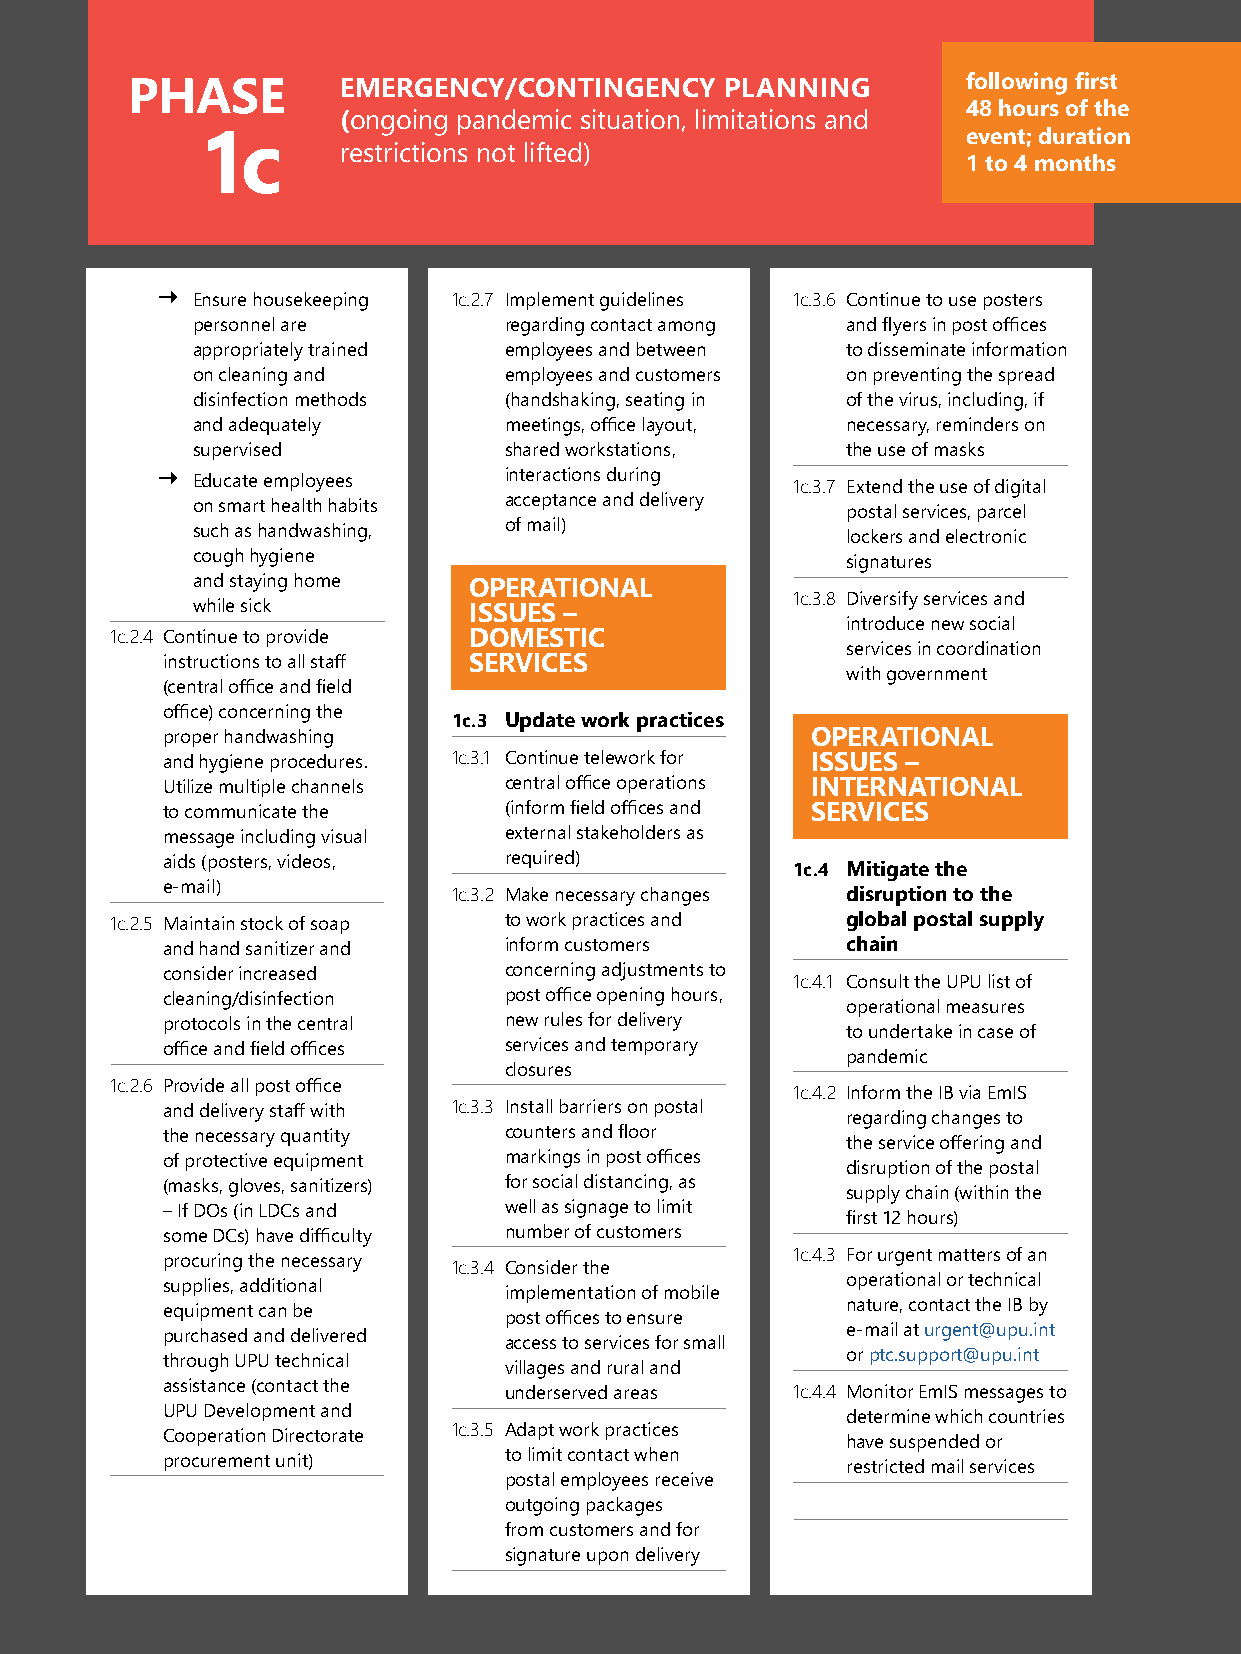
54 | Pandemic Recovery Guide for Postal Services
 PHASE         EMERGENCY/CONTINGENCY     PLANNING        following first
 48 hours of the
 (ongoing pandemic situation, limitations and
 event; duration
 1c       restrictions not lifted)
 1 to 4 months
 
 Ensure housekeeping 1c.2.7 Implement guidelines 1c.3.6 Continue to use posters
 personnel are       regarding contact among and flyers in post offices
 appropriately trained employees and between to disseminate information
 on cleaning and     employees and customers on preventing the spread
 disinfection methods (handshaking, seating in of the virus, including, if
 and adequately      meetings, office layout, necessary, reminders on
 supervised          shared workstations,   the use of masks
   Educate employees   interactions during 1c.3.7 Extend the use of digital
 on smart health habits acceptance and delivery postal services, parcel
 such as handwashing, of mail)              lockers and electronic
 cough hygiene                              signatures
 and staying home  OPERATIONAL
 1c.3.8 Diversify services and
 while sick        ISSUES –
 introduce new social
 1c.2.4 Continue to provide DOMESTIC
 services in coordination
 instructions to all staff SERVICES
 with government
 (central office and field
 office) concerning the
 1c.3 Update work practices
 proper handwashing                         OPERATIONAL
 and hygiene procedures. 1c.3.1 Continue telework for ISSUES –
 Utilize multiple channels central office operations INTERNATIONAL
 to communicate the    (inform field offices and SERVICES
 message including visual external stakeholders as
 aids (posters, videos, required)
 1c.4 Mitigate the
 e-mail)
 1c.3.2 Make necessary changes disruption to the
 1c.2.5 Maintain stock of soap to work practices and global postal supply
 and hand sanitizer and inform customers      chain
 consider increased    concerning adjustments to
 1c.4.1 Consult the UPU list of
 cleaning/disinfection post office opening hours,
 operational measures
 protocols in the central new rules for delivery
 to undertake in case of
 office and field offices services and temporary
 pandemic
 closures
 1c.2.6 Provide all post office
 1c.4.2 Inform the IB via EmIS
 and delivery staff with 1c.3.3 Install barriers on postal
 regarding changes to
 the necessary quantity counters and floor
 the service offering and
 of protective equipment markings in post offices
 disruption of the postal
 (masks, gloves, sanitizers) for social distancing, as
 supply chain (within the
 – If DOs (in LDCs and well as signage to limit
 first 12 hours)
 some DCs) have difficulty number of customers
 procuring the necessary                  1c.4.3 For urgent matters of an
 1c.3.4 Consider the
 supplies, additional                         operational or technical
 implementation of mobile
 equipment can be                             nature, contact the IB by
 post offices to ensure
 purchased and delivered                      e-mail at urgent@upu.int
 access to services for small
 through UPU technical                        or ptc.support@upu.int
 villages and rural and
 assistance (contact the underserved areas 1c.4.4 Monitor EmIS messages to
 UPU Development and
 determine which countries
 Cooperation Directorate 1c.3.5 Adapt work practices
 have suspended or
 procurement unit)     to limit contact when
 restricted mail services
 postal employees receive
 outgoing packages
 from customers and for
 signature upon delivery